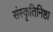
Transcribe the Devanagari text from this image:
संस्कृतिनिष्ठा